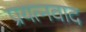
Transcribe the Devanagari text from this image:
प्रयत्नवाद